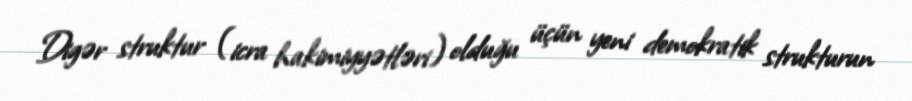
Digər struktur (icra hakimiyyətləri) olduğu üçün yeni demokratik strukturun